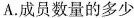
A.成员数量的多少